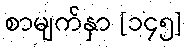
စာမျက်နှာ [၁၄၅]